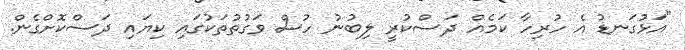
"އަޅުގަނޑު އެ ހުރިހާ ކަމެއް ދަސްކުރީ ލިބުނު ހުސް ވަގުތުތަކުގައި ކިޔައި ދަސްކޮށްގެން.